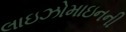
લાઇઝોમાઇનની